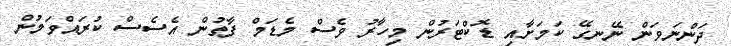
ދަންނަވަން ނޭނގޭ ކަމަށާއި ޑޮކްޓަރުން މިހާރު ވެސް މެޑަމް ފާތުން އެސެސް ކުރައްވަމުން